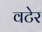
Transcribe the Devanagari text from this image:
वटेर